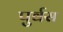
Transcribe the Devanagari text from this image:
पुर्वस